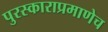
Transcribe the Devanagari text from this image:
पुरस्काराप्रमाणेच